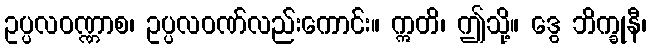
ဥပ္ပလဝဏ္ဏာစ၊ ဥပ္ပလဝဏ်လည်းကောင်း။ ဣတိ၊ ဤသို့။ ဒွေ ဘိက္ခုနီ၊